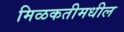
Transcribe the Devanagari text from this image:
मिळकतीमधील